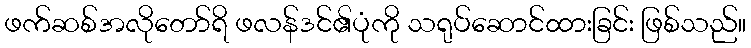
ဖက်ဆစ်အလိုတော်ရိ ဖလန်ဒင်၏ပုံကို သရုပ်ဆောင်ထားခြင်း ဖြစ်သည်။